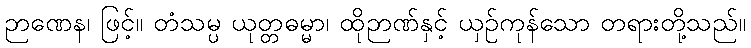
ဉာဏေန၊ ဖြင့်။ တံသမ္ပ ယုတ္တဓမ္မာ၊ ထိုဉာဏ်နှင့် ယှဉ်ကုန်သော တရားတို့သည်။